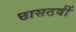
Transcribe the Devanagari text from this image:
छासठवीं